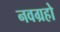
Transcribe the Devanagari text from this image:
नवग्रहो